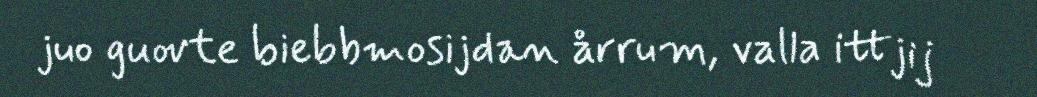
juo guovte biebbmosijdan årrum, valla ittjij